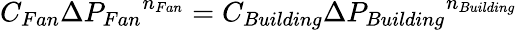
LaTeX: C_{Fan}{{\Delta}P_{Fan}}^{n_{Fan}}=C_{Building}{{\Delta}P_{Building}}^{n_{Building}}\,